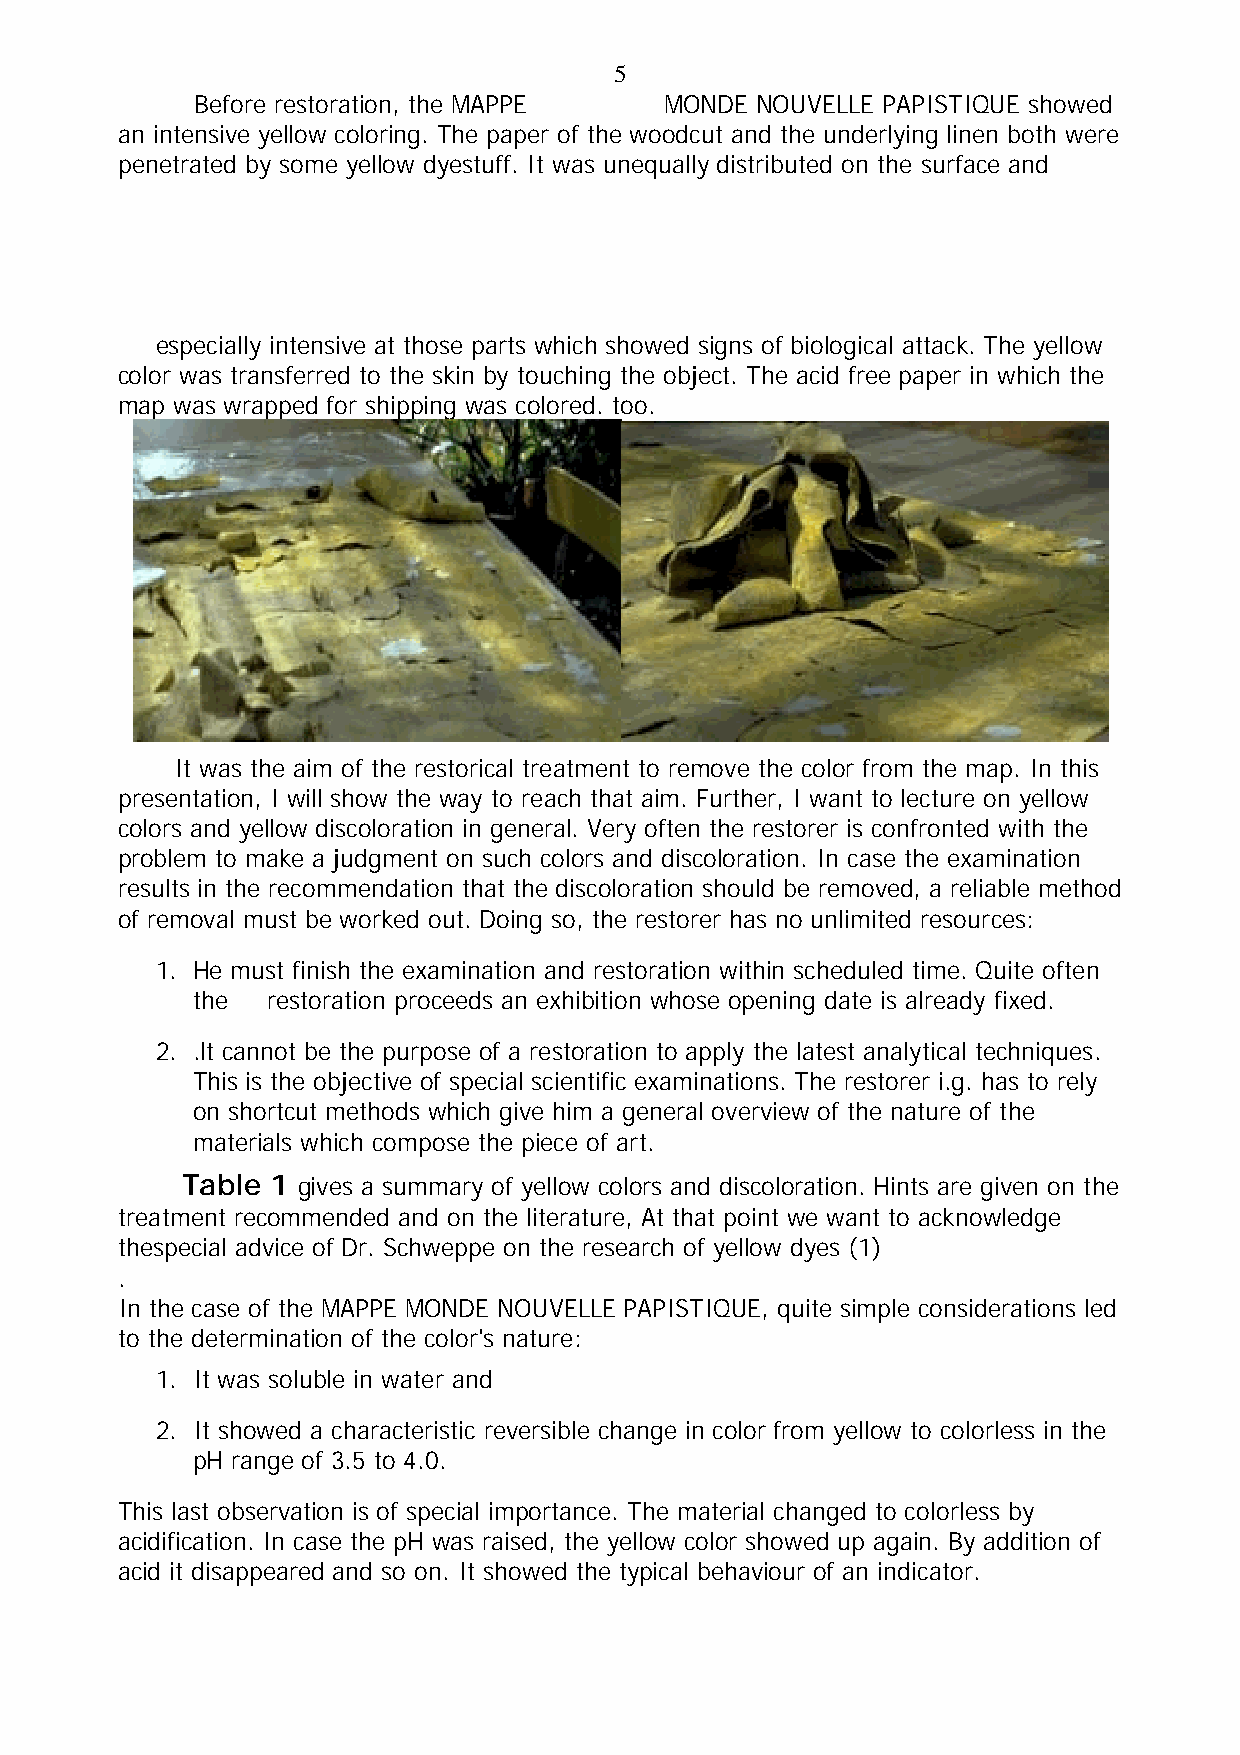
5
 Before restoration, the MAPPE  MONDE NOUVELLE PAPISTIQUE showed
 an intensive yellow coloring. The paper of the woodcut and the underlying linen both were
 penetrated by some yellow dyestuff. It was unequally distributed on the surface and
 especially intensive at those parts which showed signs of biological attack. The yellow
 color was transferred to the skin by touching the object. The acid free paper in which the
 map was wrapped for shipping was colored. too.
 It was the aim of the restorical treatment to remove the color from the map. In this
 presentation, I will show the way to reach that aim. Further, I want to lecture on yellow
 colors and yellow discoloration in general. Very often the restorer is confronted with the
 problem to make a judgment on such colors and discoloration. In case the examination
 results in the recommendation that the discoloration should be removed, a reliable method
 of removal must be worked out. Doing so, the restorer has no unlimited resources:
 1. He must finish the examination and restoration within scheduled time. Quite often
 the  restoration proceeds an exhibition whose opening date is already fixed.
 2. .lt cannot be the purpose of a restoration to apply the latest analytical techniques.
 This is the objective of special scientific examinations. The restorer i.g. has to rely
 on shortcut methods which give him a general overview of the nature of the
 materials which compose the piece of art.
 Table 1 gives a summary of yellow colors and discoloration. Hints are given on the
 treatment recommended and on the literature, At that point we want to acknowledge
 thespecial advice of Dr. Schweppe on the research of yellow dyes (1)
 .
 In the case of the MAPPE MONDE NOUVELLE PAPISTIQUE, quite simple considerations led
 to the determination of the color's nature:
 1. It was soluble in water and
 2. It showed a characteristic reversible change in color from yellow to colorless in the
 pH range of 3.5 to 4.0.
 This last observation is of special importance. The material changed to colorless by
 acidification. In case the pH was raised, the yellow color showed up again. By addition of
 acid it disappeared and so on. It showed the typical behaviour of an indicator.